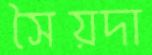
সৈয়দা